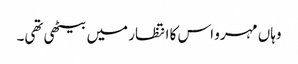
وہاں مہرو اس کا انتظار میں بیٹھی تھی۔